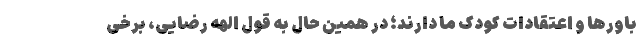
باورها و اعتقادات کودک ما دارند؛ در همین حال به قولِ الهه رضایی، برخی